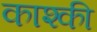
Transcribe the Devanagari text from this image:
काश्की